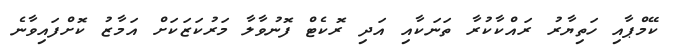
ކޭމްޕާއި ހަތިޔާރު ރައްކާކުރާ ތަނަކާއި އަދި ރޮކެޓް ފޮނުވާލާ މަރުކަޒަކަށް އަމާޒު ކޮށްފައިވާނެ